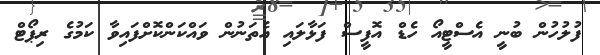
ފުލުހުން ބުނީ އެސްޓީއޯ ހެޑް އޮފީސް ފަޅާލައި އެތަނުން ވައްކަންކޮށްފައިވާ ކަމުގެ ރިޕޯޓް